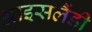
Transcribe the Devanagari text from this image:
आइसलैंडी